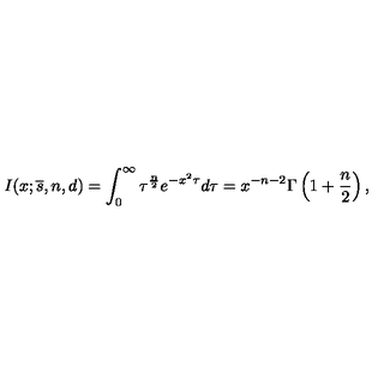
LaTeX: I ( x ; { \overline { s } } , n , d ) = \int _ { 0 } ^ { \infty } \tau ^ { { \frac { n } { 2 } } } e ^ { - x ^ { 2 } \tau } d \tau = x ^ { - n - 2 } \Gamma \left( 1 + { \frac { n } { 2 } } \right) ,